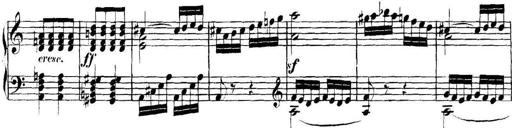
Title: Collected Piano Sonatas
Composer: Muzio Clementi